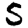
Digit: 5